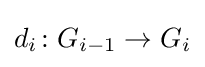
d_{i}\colon G_{i-1}\rightarrow G_{i}